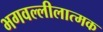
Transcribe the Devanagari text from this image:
भगवल्लीलात्मक